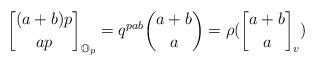
LaTeX: \begin{align*}{(a+b)p \brack ap}_{\mathbb{O}_p} = q^{pab}{a+b\choose a} =\rho ({a+b \brack a}_v)\end{align*}